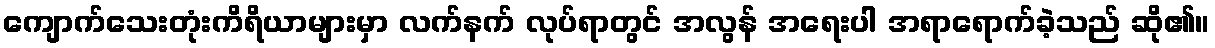
ကျောက်သေးတုံးကိရိယာများမှာ လက်နက် လုပ်ရာတွင် အလွန် အရေးပါ အရာရောက်ခဲ့သည် ဆို၏။